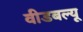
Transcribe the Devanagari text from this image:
वीडबल्यू